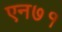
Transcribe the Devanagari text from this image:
एन७१